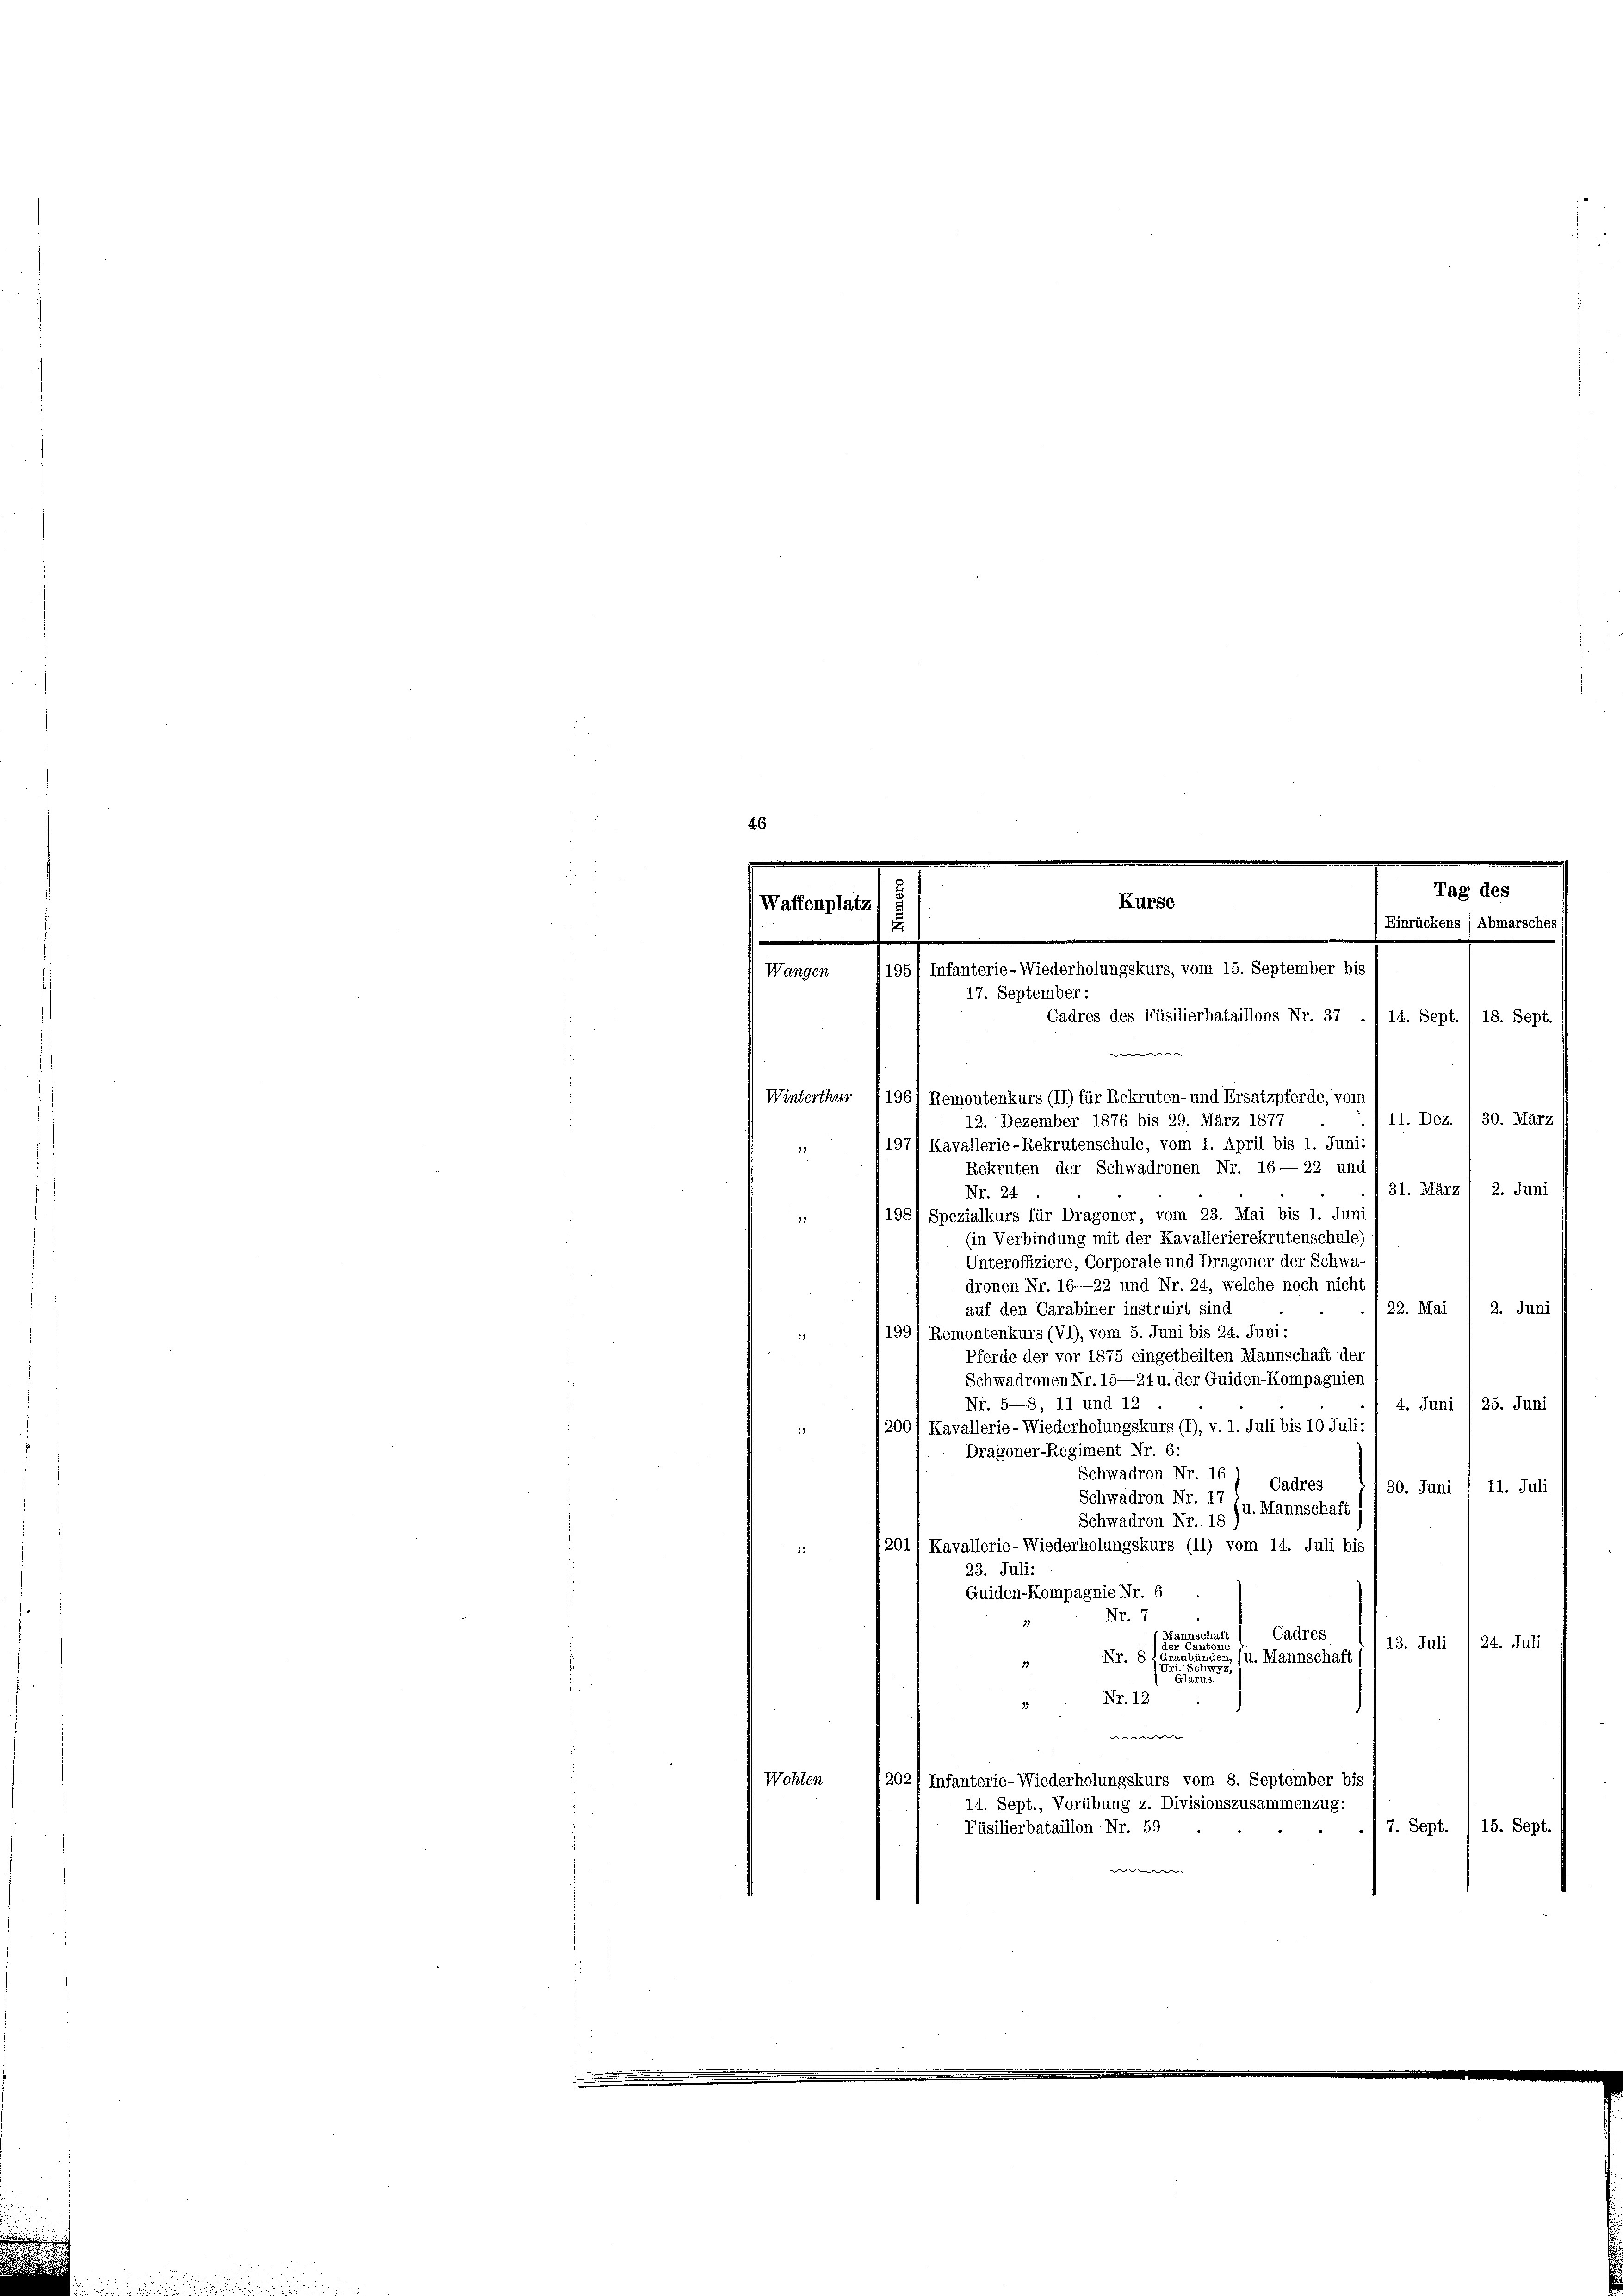
Waffenplat

Wangen
.
Winterthur (1961 Remontenkurs (II) für Rekruten- und Ersatzpferde, vom
12. Dezember 1876 bis 29. März 1877
197/ Kavallerie-Rekrutenschule, vom 1. April bis 1. Juni:
Rekruten der Schwadronen Nr. 16—22 und
31. März 1 2. Juni
Nr. 24.
1981 Spezialkurs für Dragoner, vom 23. Mai bis 1. Jun
(in Verbindung mit der Kavallerierekrutenschule)
Unteroffiziere, Corporale und Dragoner der Schwa
dronen Nr. 16—22 und Nr. 24, welche noch nicht
2. Juni
/22. Mai
auf den Carabiner instruirt sind
199, Remontenkurs (VI), vom 5. Juni bis 24. Juni:
Pferde der vor 1875 eingetheilten Mannschaft der
Schwadronen Nr. 15—24 u. der Guiden-Kompagnien
Nr. 5—8, 11 und 12
4. Juni 25. Juni
1200f Kavallerie-Wiederholungskurs (I), v. 1. Juli bis 10 Juli:
Dragoner-Regiment Nr. 6:
Schwadron Nr. 16) Cadres
30. Juni 1 11. Juli
Schwadron Nr. 17
u. Mannschaft
Schwadron Nr. 18
/201) Kavallerie-Wiederholungskurs (II) vom 14. Juli bis
.
23. Juli:
Quiden-Kompagnie Nr. 6
Nr. 7
Cadres

13. Juli /24. Juli
Nr. 815
1. Mannschaft
39
u
i
Nr. 12
73
e
Wohlen
202/ Infanterie-Wiederholungskurs vom 8. September bis
14. Sept., Vorübung z. Divisionszusammenzug:
7. Sept. 1 15. Sept.
Füsilierbataillon Nr. 59
e

Kurse
.
1951 Infanterie-Wiederholungskurs, vom 15. September bis
17. September:
Cadres des Füsilierbataillons Nr. 37 ./14. Sept. 1 18. Sept.

Tag des
Einrückens / Abmarsche

11. Dez. , 30. März